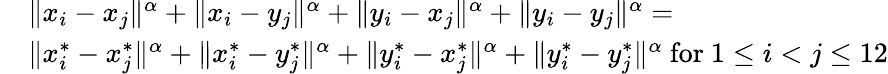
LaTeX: \begin{array}{rl}&{\| x_{i}-x_{j}\| ^{\alpha}+\| x_{i}-y_{j}\| ^{\alpha}+\| y_{i}-x_{j}\| ^{\alpha}+\| y_{i}-y_{j}\| ^{\alpha}=}\\ &{\| x_{i}^{*}-x_{j}^{*}\| ^{\alpha}+\| x_{i}^{*}-y_{j}^{*}\| ^{\alpha}+\| y_{i}^{*}-x_{j}^{*}\| ^{\alpha}+\| y_{i}^{*}-y_{j}^{*}\| ^{\alpha}\mathrm{~for~}1\leq i<j\leq 12}\end{array}